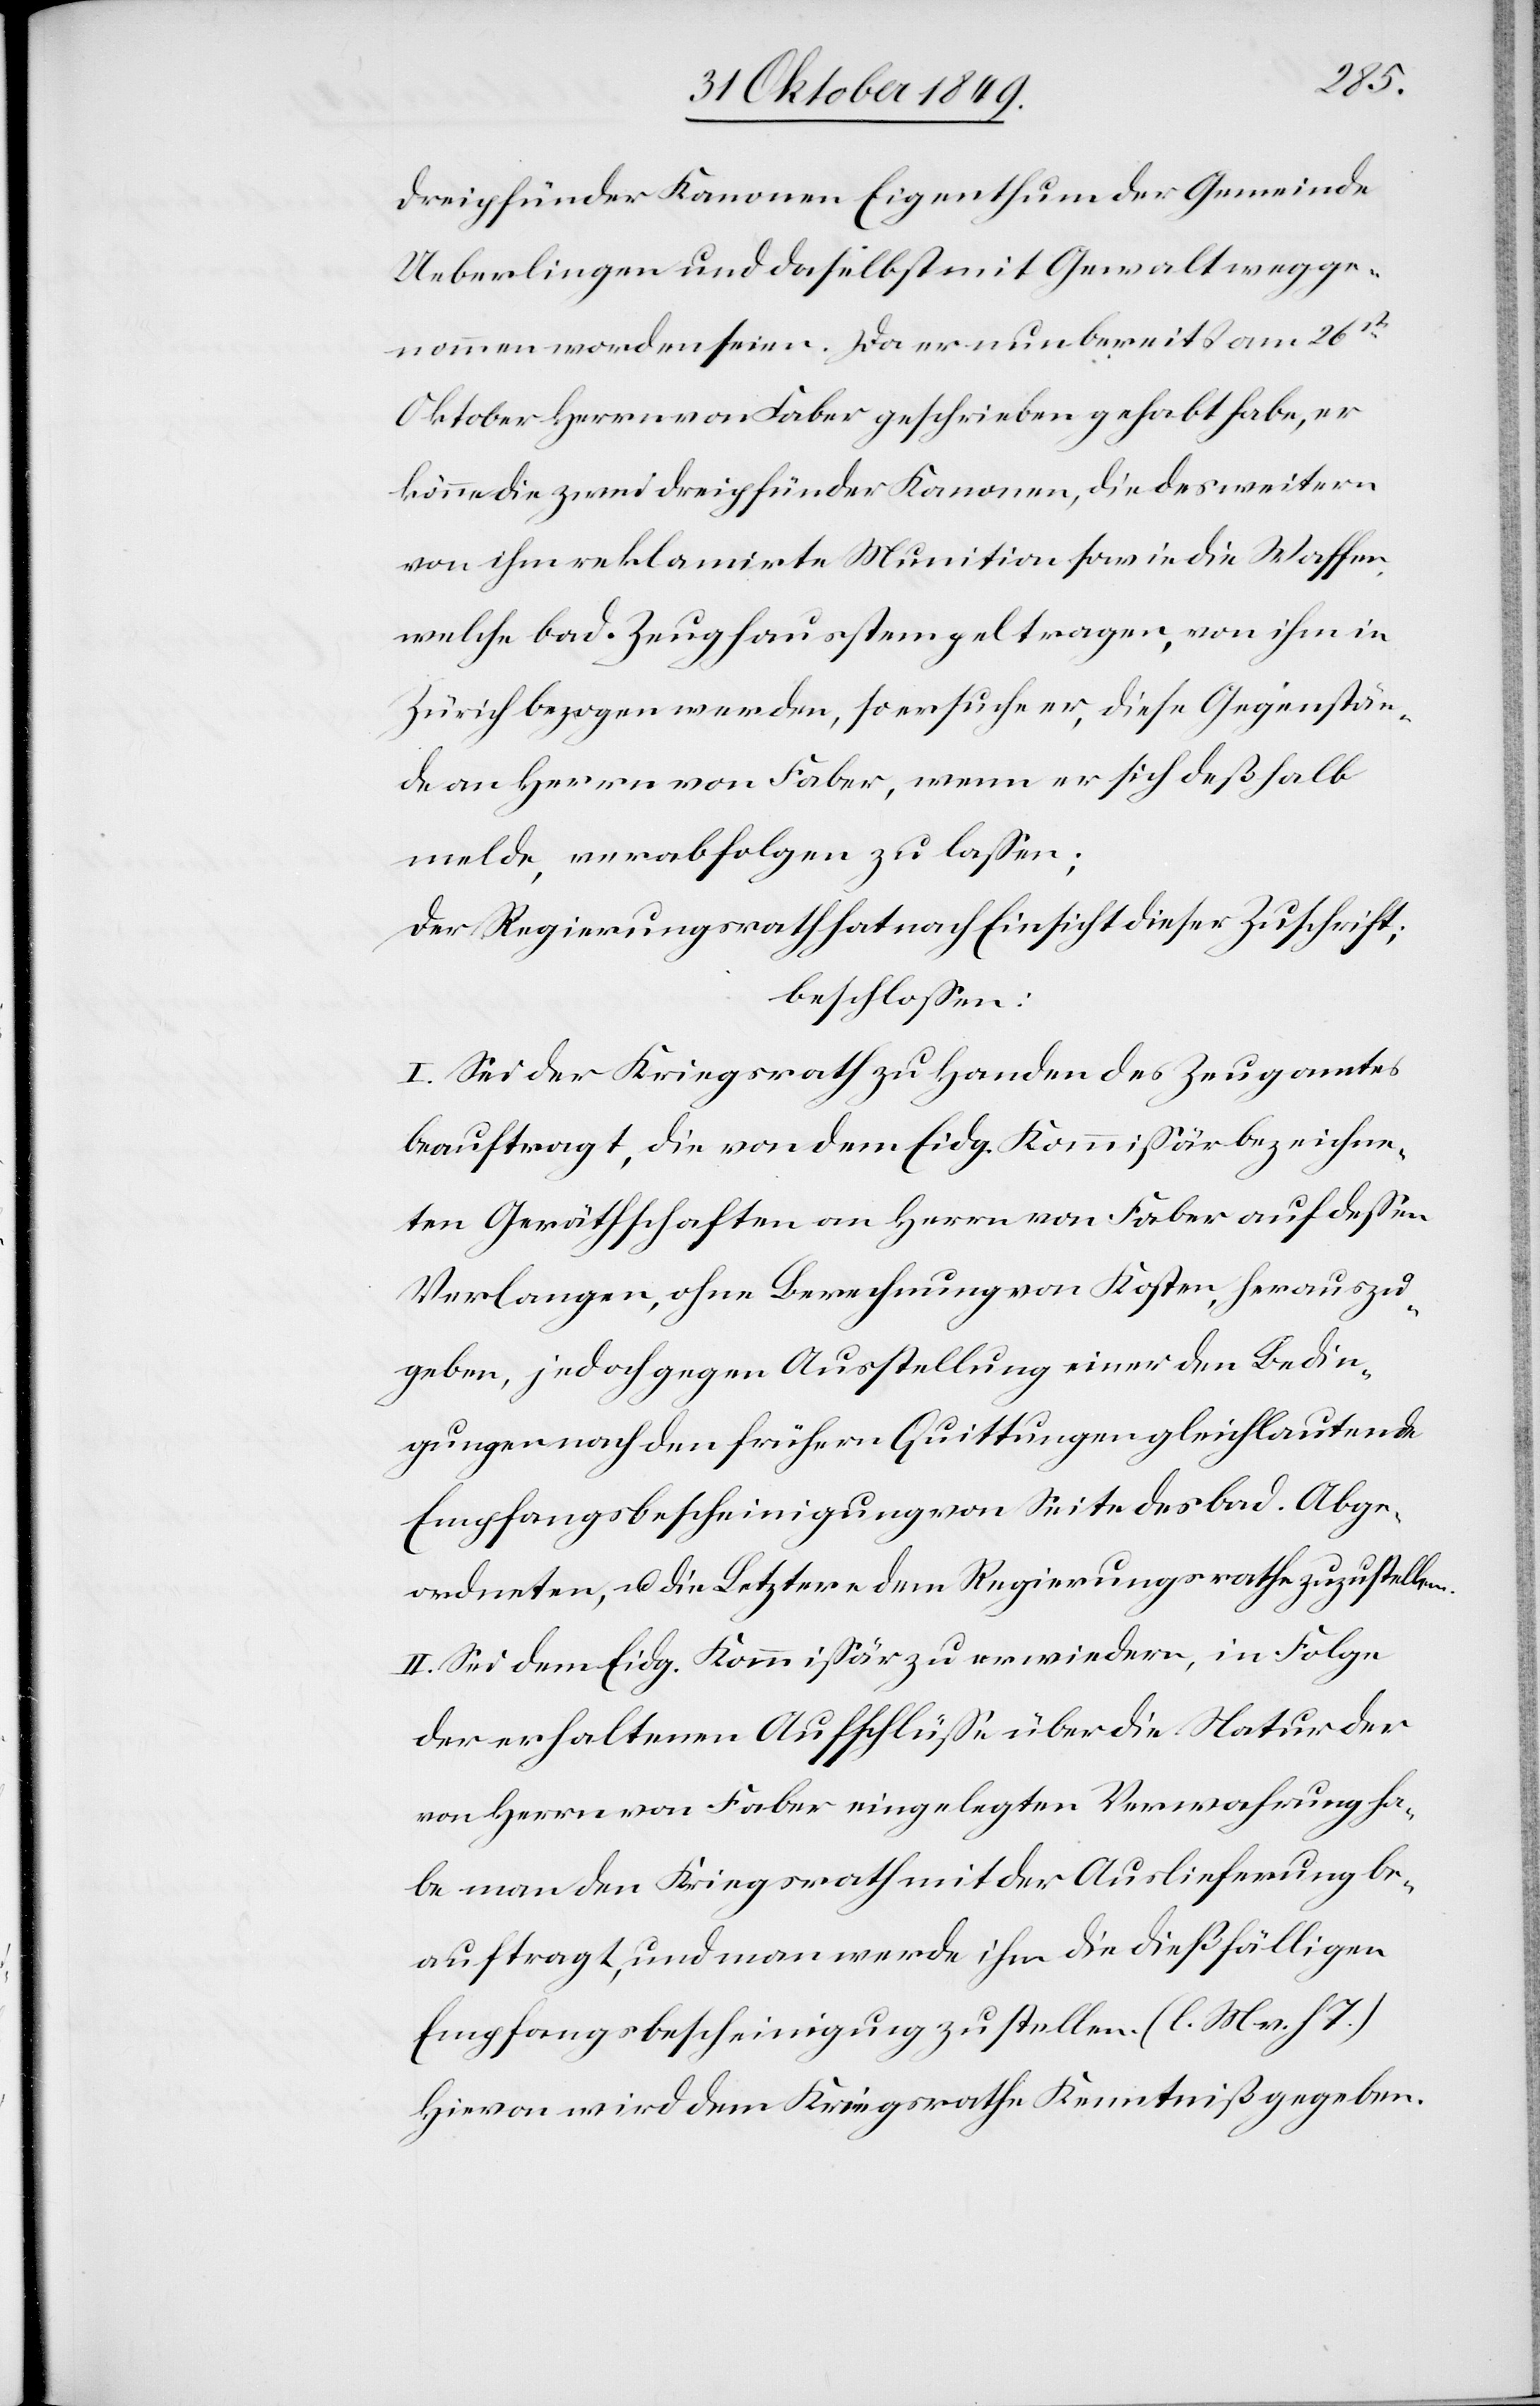
dreipfünder Kanonen Eigenthum der Gemeinde
Ueberlingen und daselbst mit Gewalt wegge¬
nommen worden seien. Da er nun bereits am 26st
Oktober Herrn von Faber geschrieben habe, er
könne die zwei dreipfünder Kanonen, die des weitern
von ihm reklamirte Munition sowie die Waffen,
welche bad. Zeughausstempel tragen, von ihm in
Zürich bezogen werden, so ersuche er, diese Gegenstän¬
de an Herrn von Faber, wenn er sich deßhalb
melde, verabfolgen zu laßen;
Der Regierungsrath hat nach Einsicht dieser Zuschrift;
beschloßen:
I. Sei der Kriegsrath zu Handen des Zeugamtes
beauftragt, die von dem Eidg. Kommißär bezeichne¬
ten Geräthschaften an Herrn von Faber auf deßen
Verlangen, ohne Berechnung von Kosten, herauszu¬
geben, jedoch gegen Ausstellung einer den Bedin¬
gungen nach den frühern Quittungen gleichlautende
Empfangsbescheinigung von Seite des bad. Abge¬
ordneten, u. die Letztere dem Regierungsrathe zuzustellen.
II. Sei dem Eidg. Kommißär zu erwiedern, in Folge
der erhaltenen Aufschlüße über die Natur der
von Herrn von Faber eingelegten Verwahrung ha¬
be man den Kriegsrath mit der Auslieferung be¬
auftragt, und man werde ihm die dießfälligen
Empfangsbescheinigung zustellen. [l. M. v. h. T]
Hievon wird dem Kriegsrathe Kenntniß gegeben.